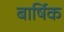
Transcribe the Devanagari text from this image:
बार्षिक